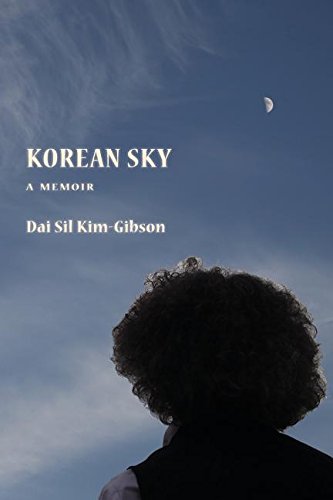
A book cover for Korean Sky; Dai Sil Kim-Gibson; History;